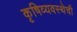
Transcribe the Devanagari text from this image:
कृषिव्यवस्थेची